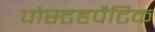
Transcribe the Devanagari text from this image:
पोस्टहर्पेटिक